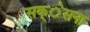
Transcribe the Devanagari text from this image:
सक्ेसना